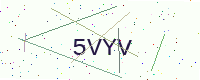
Text: 5VYV